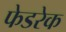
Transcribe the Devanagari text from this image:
फेडरेक